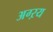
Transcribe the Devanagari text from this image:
अग्ऱय